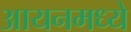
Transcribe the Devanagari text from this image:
आयनमध्ये